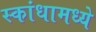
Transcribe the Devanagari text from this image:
स्कांधामध्ये